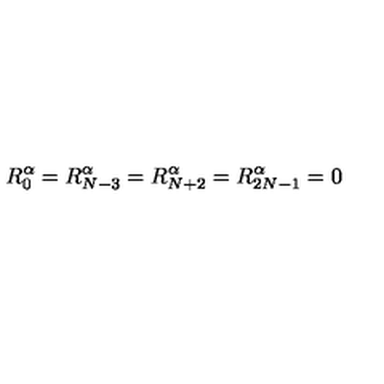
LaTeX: R _ { 0 } ^ { \alpha } = R _ { N - 3 } ^ { \alpha } = R _ { N + 2 } ^ { \alpha } = R _ { 2 N - 1 } ^ { \alpha } = 0